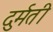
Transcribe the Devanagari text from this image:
दुर्मती